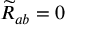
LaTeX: { \widetilde { R } } _ { a b } = 0